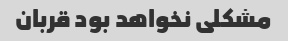
مشکلی نخواهد بود قربان